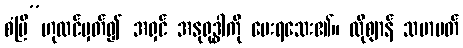
စံပြီ”ဟုထင်မှတ်၍ အရှင် အနုရုဒ္ဓါကို မေးရသေး၏။ ထိုဈာန် သမာပတ်